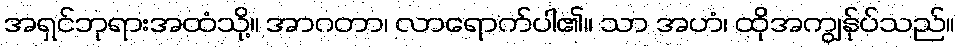
အရှင်ဘုရားအထံသို့။ အာဂတာ၊ လာရောက်ပါ၏။ သာ အဟံ၊ ထိုအကျွန်ုပ်သည်။